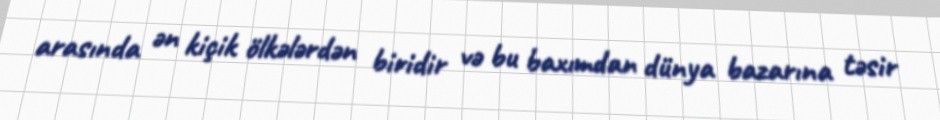
arasında ən kiçik ölkələrdən biridir və bu baxımdan dünya bazarına təsir